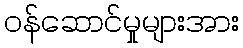
ဝန်ဆောင်မှုများအား